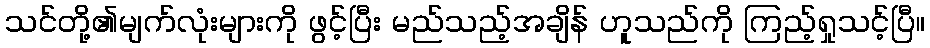
သင်တို့၏မျက်လုံးများကို ဖွင့်ပြီး မည်သည့်အချိန် ဟူသည်ကို ကြည့်ရှုသင့်ပြီ။